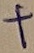
Text: +